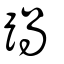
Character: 踻